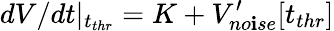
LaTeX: dV/dt|_{t_{thr}}=K+V_{no\mathbf{i}se}^{\prime}[t_{thr}]